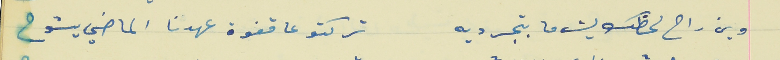
وين راح لحظك ليش ما بتجرديه                           تركتو عا قفوة عهدنا الماضي يشوح